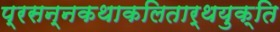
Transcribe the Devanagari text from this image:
प्रसन्नकथाकलितार्थयुक्ति